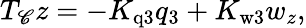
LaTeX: T_{\mathscr{C}}z=-K_{\mathrm{{q3}}}q_{3}+K_{\mathrm{{w3}}}{w_{z}},